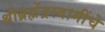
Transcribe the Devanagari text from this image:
श्रीब्रह्मेंद्रस्वामींचे